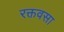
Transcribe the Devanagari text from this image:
रक्तवसा